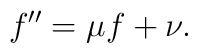
f^{\prime \prime}=\mu f+\nu.